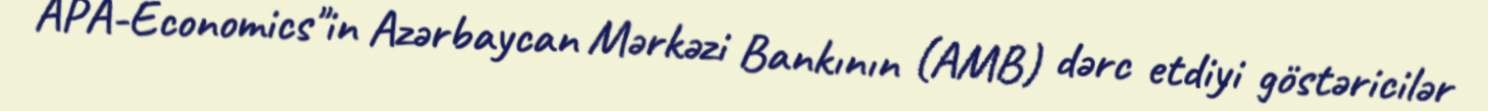
APA-Economics"in Azərbaycan Mərkəzi Bankının (AMB) dərc etdiyi göstəricilər